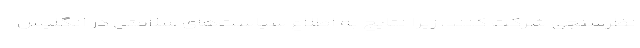
نظرسنجی شرکت‌ کنند، زیرا نتایج به اطلاع سیاست‌های سلامتی در انگلیس